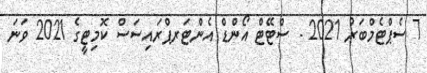
7 ސެޕްޓެމްބަރު 2021 - ސްޓޭޓް އޯންޑް އެންޓަރޕްރައިސަސް ކޮމިޓީގެ 2021 ވަނަ